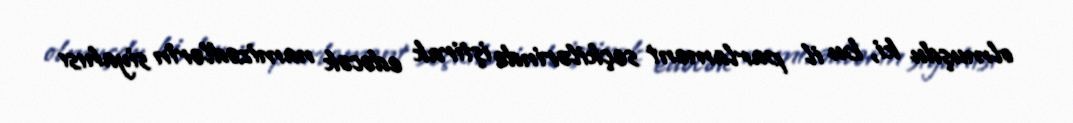
olmuşdu ki, bu il parlament seçkilərində iştirak edəcək namizədlərin siyahısı